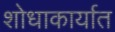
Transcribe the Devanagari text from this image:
शोधाकार्यात